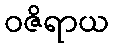
ဝဇိရာယ